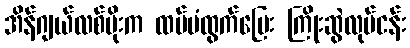
အိန်ဂျယ်လစ်မိုးက ထပ်မံထွက်ပြေး ကြိုးဆွဲလုပ်ငန်း